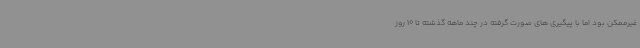
غیرممکن بود اما با پیگیری های صورت گرفته در چند ماهه گذشته تا 10 روز